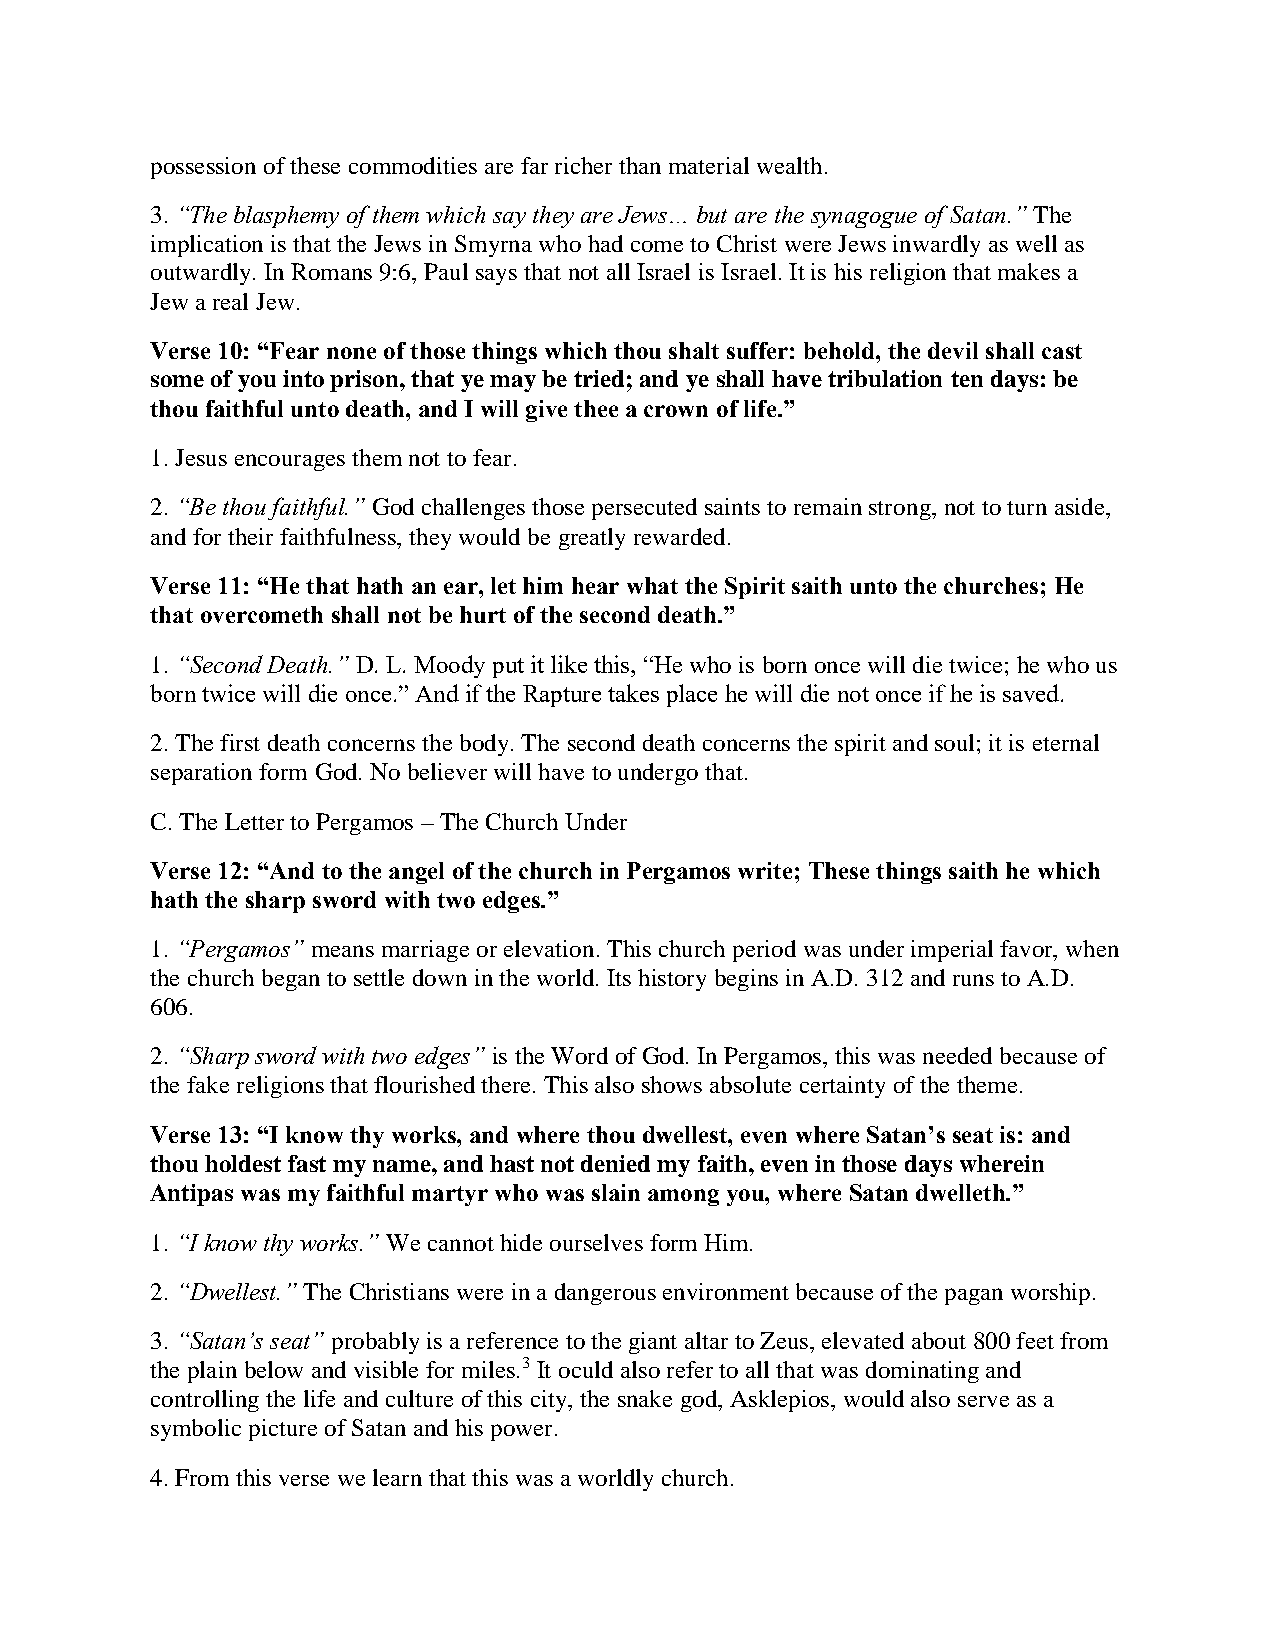
possession of these commodities are far richer than material wealth.
 3. “The blasphemy of them which say they are Jews… but are the synagogue of Satan.” The
 implication is that the Jews in Smyrna who had come to Christ were Jews inwardly as well as
 outwardly. In Romans 9:6, Paul says that not all Israel is Israel. It is his religion that makes a
 Jew a real Jew.
 Verse 10: “Fear none of those things which thou shalt suffer: behold, the devil shall cast
 some of you into prison, that ye may be tried; and ye shall have tribulation ten days: be
 thou faithful unto death, and I will give thee a crown of life.”
 1. Jesus encourages them not to fear.
 2. “Be thou faithful.” God challenges those persecuted saints to remain strong, not to turn aside,
 and for their faithfulness, they would be greatly rewarded.
 Verse 11: “He that hath an ear, let him hear what the Spirit saith unto the churches; He
 that overcometh shall not be hurt of the second death.”
 1. “Second Death.” D. L. Moody put it like this, “He who is born once will die twice; he who us
 born twice will die once.” And if the Rapture takes place he will die not once if he is saved.
 2. The first death concerns the body. The second death concerns the spirit and soul; it is eternal
 separation form God. No believer will have to undergo that.
 C. The Letter to Pergamos – The Church Under
 Verse 12: “And to the angel of the church in Pergamos write; These things saith he which
 hath the sharp sword with two edges.”
 1. “Pergamos” means marriage or elevation. This church period was under imperial favor, when
 the church began to settle down in the world. Its history begins in A.D. 312 and runs to A.D.
 606.
 2. “Sharp sword with two edges” is the Word of God. In Pergamos, this was needed because of
 the fake religions that flourished there. This also shows absolute certainty of the theme.
 Verse 13: “I know thy works, and where thou dwellest, even where Satan’s seat is: and
 thou holdest fast my name, and hast not denied my faith, even in those days wherein
 Antipas was my faithful martyr who was slain among you, where Satan dwelleth.”
 1. “I know thy works.” We cannot hide ourselves form Him.
 2. “Dwellest.” The Christians were in a dangerous environment because of the pagan worship.
 3. “Satan’s seat” probably is a reference to the giant altar to Zeus, elevated about 800 feet from
 the plain below and visible for miles.3 It oculd also refer to all that was dominating and
 controlling the life and culture of this city, the snake god, Asklepios, would also serve as a
 symbolic picture of Satan and his power.
 4. From this verse we learn that this was a worldly church.